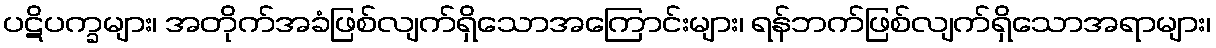
ပဋိပက္ခများ၊ အတိုက်အခံဖြစ်လျက်ရှိသောအကြောင်းများ၊ ရန်ဘက်ဖြစ်လျက်ရှိသောအရာများ၊